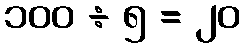
၁၀၀ ÷ ၅ = ၂၀